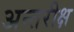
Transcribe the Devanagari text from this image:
अन्तरीक्ष